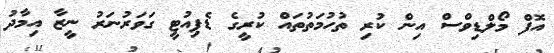
އޮފް މޯލްޑިވްސް އިން ކުރި ތުހުމަތުތައް ކުރީގެ ޑެޕިއުޓީ ގަވަރުނަރު ނީޒާ އިމާދު